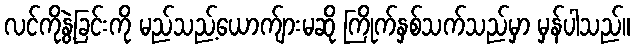
လင်ကိုနွဲ့ခြင်းကို မည်သည့်ယောက်ျားမဆို ကြိုက်နှစ်သက်သည်မှာ မှန်ပါသည်။